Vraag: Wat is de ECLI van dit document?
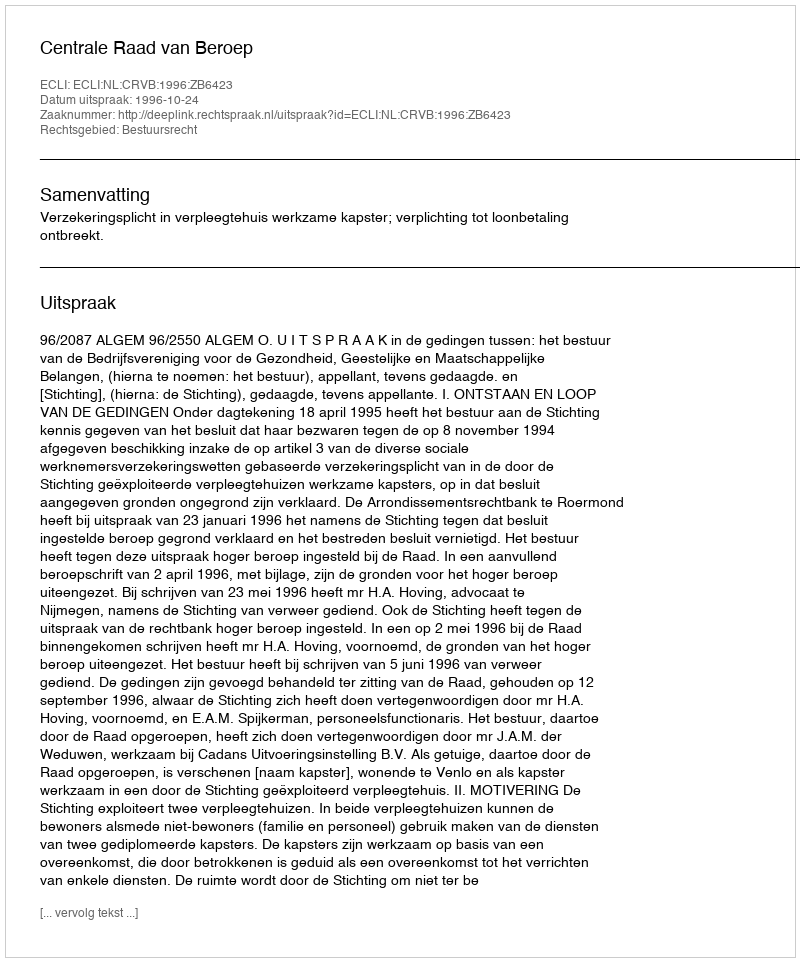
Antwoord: ECLI:NL:CRVB:1996:ZB6423